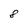
Character: 8